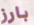
بارز